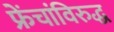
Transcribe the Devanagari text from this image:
फ्रेंचांविरुद्ध